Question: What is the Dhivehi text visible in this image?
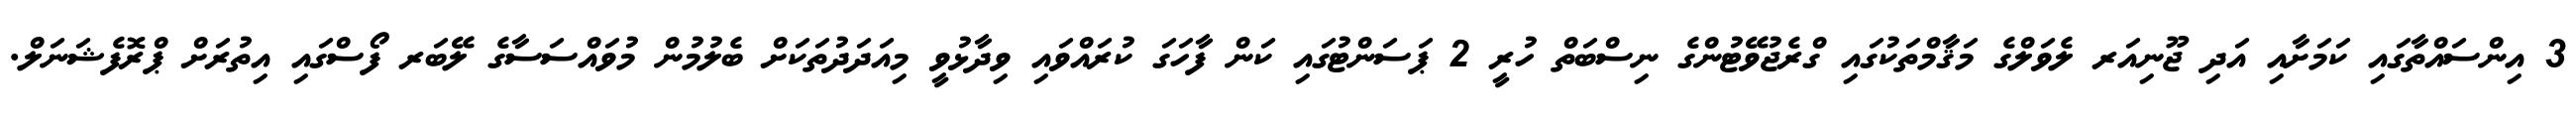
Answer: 3 އިންސައްތާގައި ކަމަށާއި އަދި ޖޫނިއަރ ލެވަލްގެ މަޤާމްތަކުގައި ގްރެޖުވޭޓުންގެ ނިސްބަތް ހުރީ 2 ޕަސަންޓުގައި ކަން ފާހަގަ ކުރައްވައި ވިދާޅުވީ މިއަދަދުތަކަށް ބެލުމުން މުވައްސަސާގެ ލޭބަރ ފޯސްގައި އިތުރަށް ޕްރޮފެޝަނަލް.